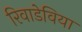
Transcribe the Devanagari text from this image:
रिवाडेविया